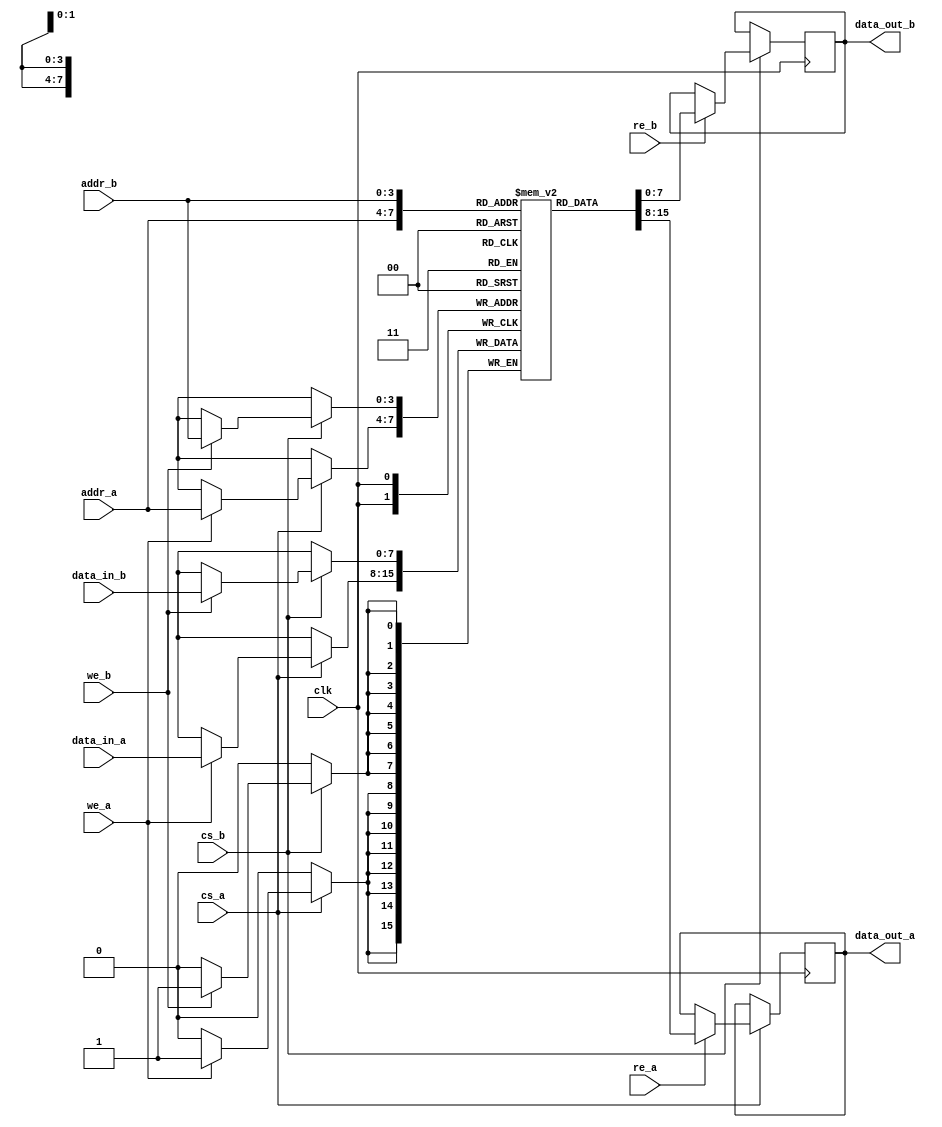
module dual_port_sram #(
    parameter DATA_WIDTH = 8,  // Width of the data bus
    parameter ADDR_WIDTH = 4,  // Width of the address bus
    parameter MEM_SIZE = (1 << ADDR_WIDTH)  // Total memory size
)(
    input wire clk,
    input wire cs_a,  // Chip Select for Port A
    input wire we_a,  // Write Enable for Port A
    input wire re_a,  // Read Enable for Port A
    input wire [ADDR_WIDTH-1:0] addr_a,  // Address for Port A
    input wire [DATA_WIDTH-1:0] data_in_a,  // Data input for Port A
    output reg [DATA_WIDTH-1:0] data_out_a, // Data output for Port A

    input wire cs_b,  // Chip Select for Port B
    input wire we_b,  // Write Enable for Port B
    input wire re_b,  // Read Enable for Port B
    input wire [ADDR_WIDTH-1:0] addr_b,  // Address for Port B
    input wire [DATA_WIDTH-1:0] data_in_b,  // Data input for Port B
    output reg [DATA_WIDTH-1:0] data_out_b  // Data output for Port B
);

    // Memory array declaration
    reg [DATA_WIDTH-1:0] mem [0:MEM_SIZE-1];

    // Port A operations
    always @(posedge clk) begin
        if (cs_a) begin
            if (we_a) begin
                // Write operation for Port A
                mem[addr_a] <= data_in_a;
            end
            if (re_a) begin
                // Read operation for Port A
                data_out_a <= mem[addr_a];
            end
        end
    end

    // Port B operations
    always @(posedge clk) begin
        if (cs_b) begin
            if (we_b) begin
                // Write operation for Port B
                mem[addr_b] <= data_in_b;
            end
            if (re_b) begin
                // Read operation for Port B
                data_out_b <= mem[addr_b];
            end
        end
    end

    // Initialization: Optionally reset memory to zero
    integer i;
    initial begin
        for (i = 0; i < MEM_SIZE; i = i + 1) begin
            mem[i] = {DATA_WIDTH{1'b0}}; // Initialize to zero
        end
    end

endmodule